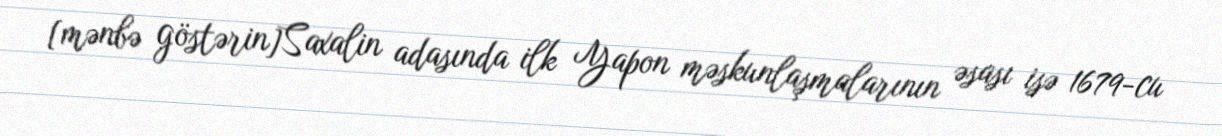
[mənbə göstərin]Saxalin adasında ilk Yapon məskunlaşmalarının əsası isə 1679-cu